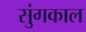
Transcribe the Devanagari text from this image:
सुंगकाल